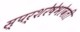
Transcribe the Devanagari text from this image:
स्पर्शरेषेभोवती